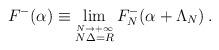
LaTeX: \begin{align*}F^-(\alpha)\equiv\lim _{\stackrel {N\rightarrow +\infty}{N\Delta =R}} F^-_N(\alpha +\Lambda _N) \, .\end{align*}